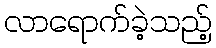
လာရောက်ခဲ့သည့်